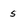
Character: s